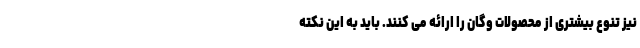
نیز تنوع بیشتری از محصولات وگان را ارائه می کنند. باید به این نکته